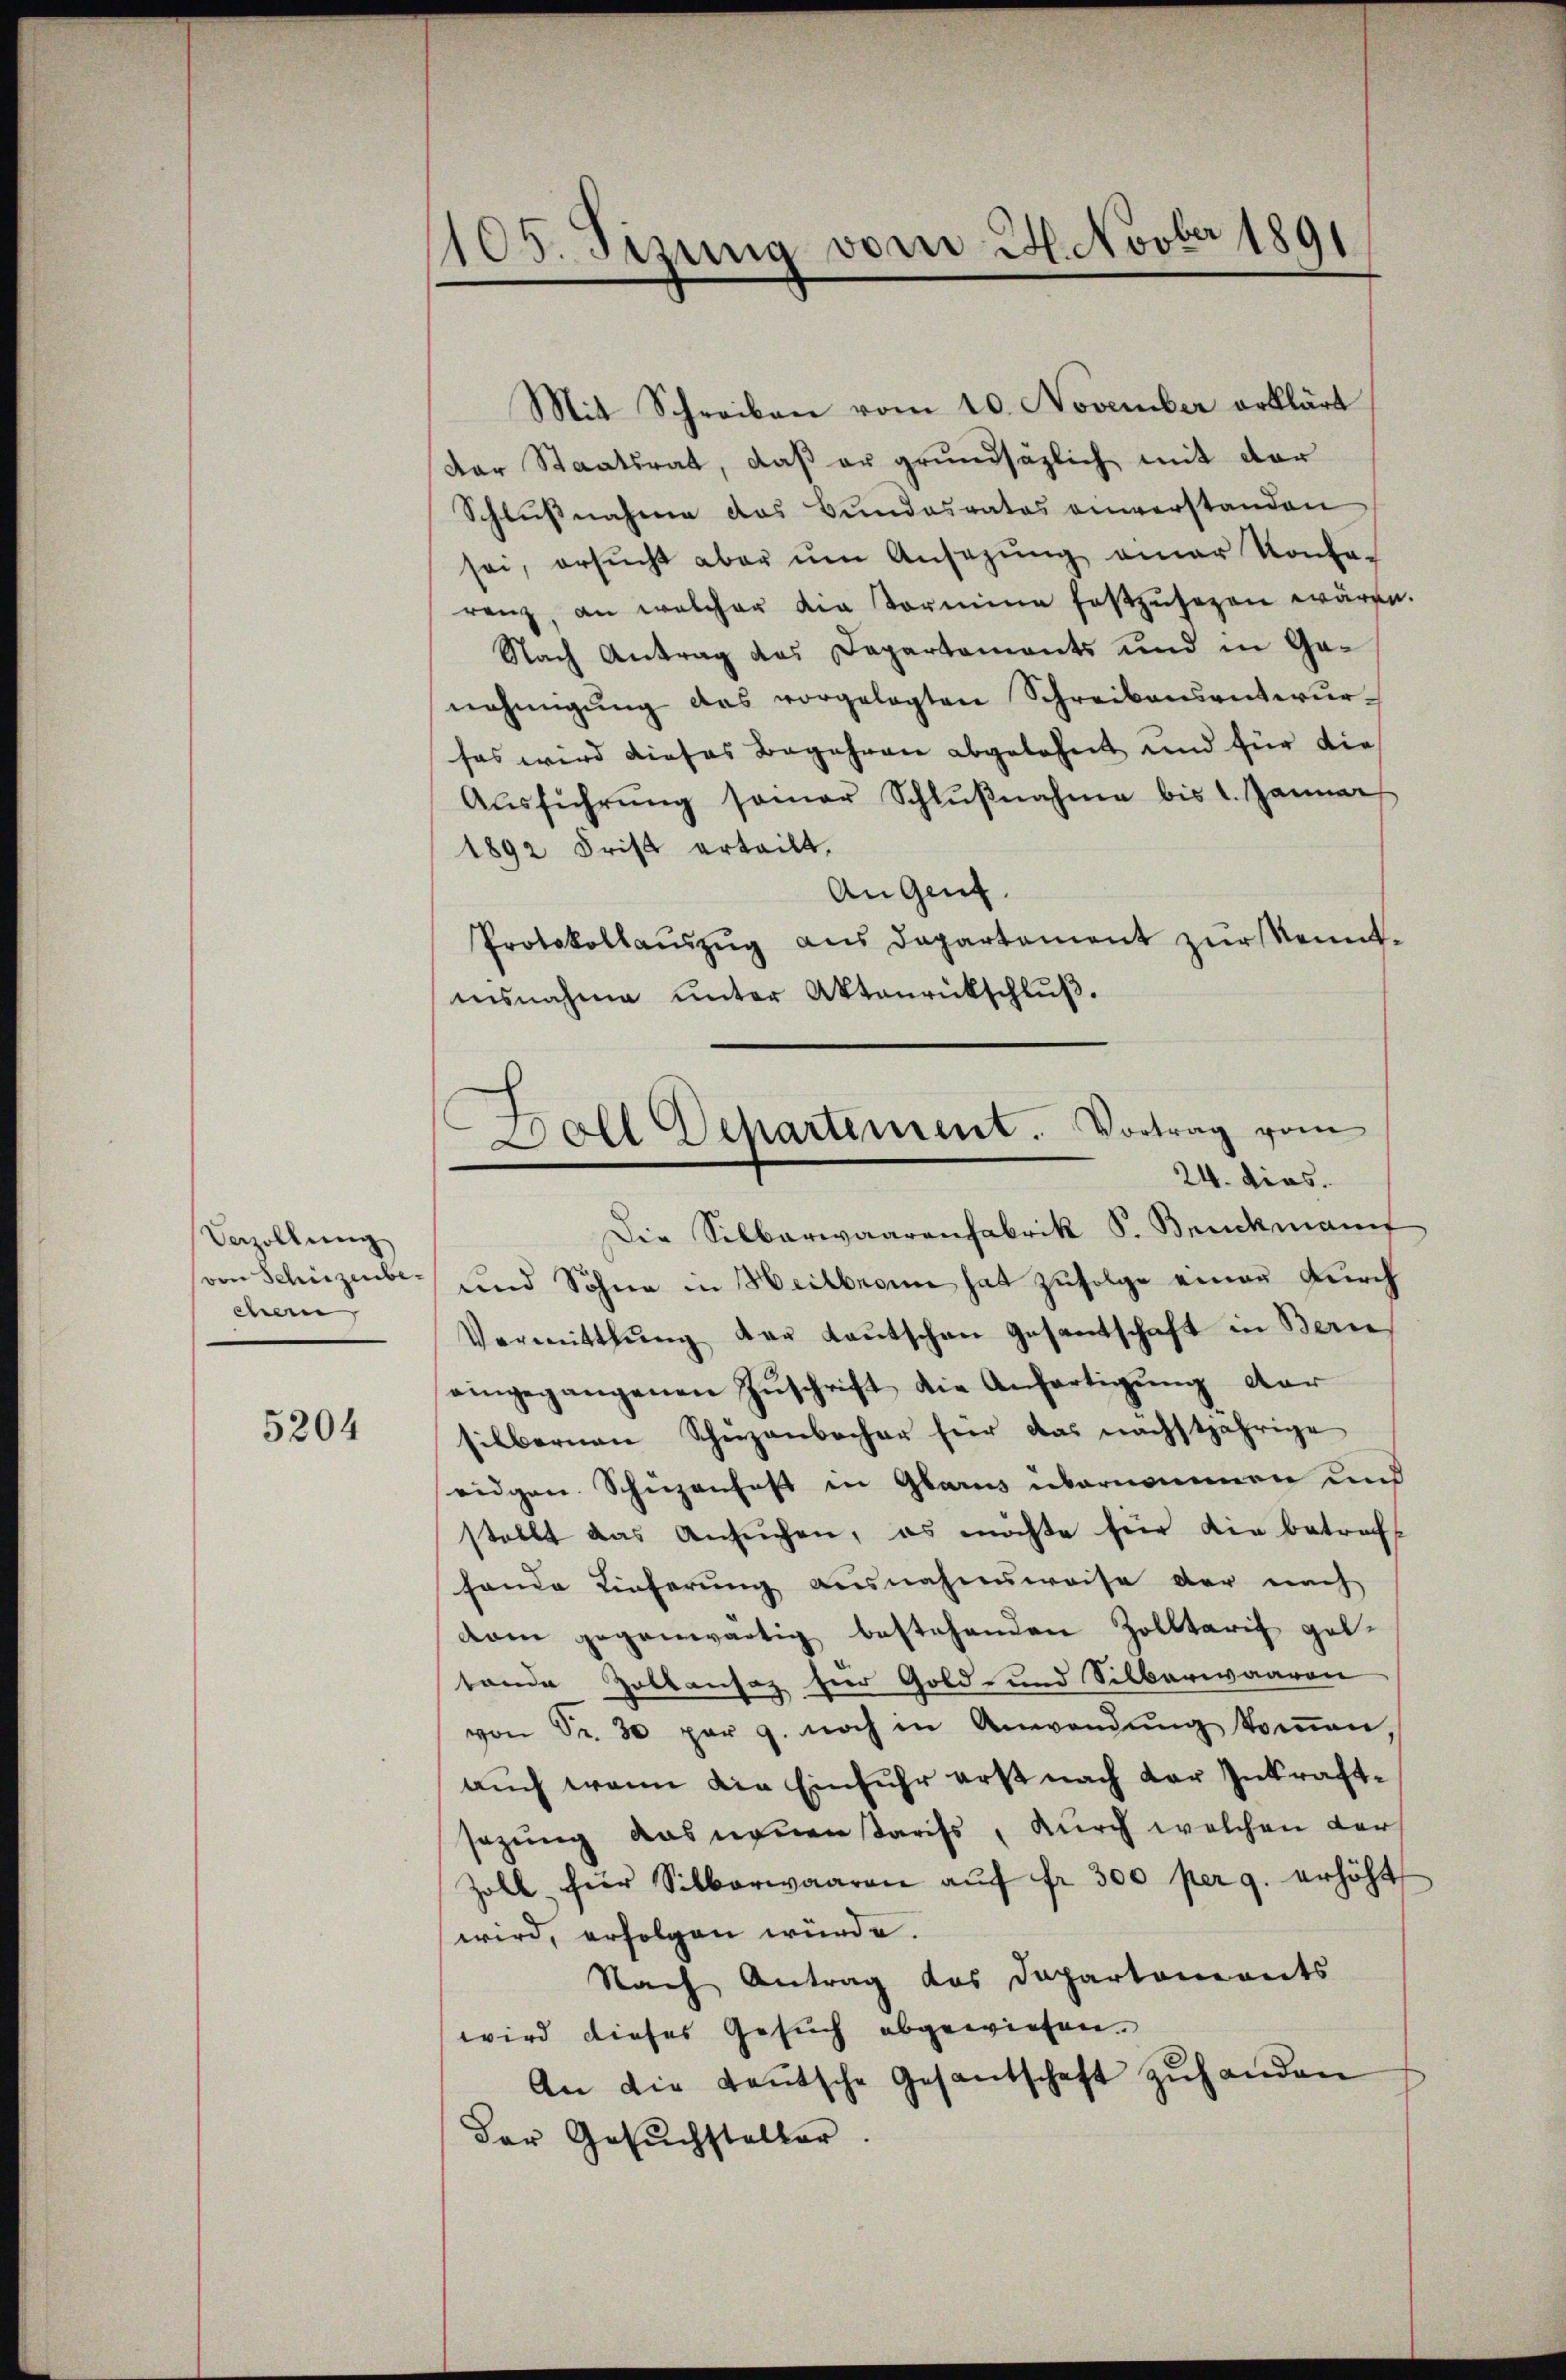
Vezollung
von Schürzenbechen,

5204

1105. Sizung vom 2. Novber 1891

Mit Schreiben vom 10. November erklärt
der Staatsrat, daß er grundsätzlich mit der
Schlussnahme das Bundesrates anverstanden
sei, ersŭcht aber ŭm Ansagŭng einer Konfe-
renz, an welcher die Vormine festzŭsehen wären.
Nach Antrag des Departements und in Ge-
nehmigung das vorgelegten Schreibensentwurfas wird dieses Begehren abgelehnt und für die
Aŭsführŭng sonar Schlŭβnahme bis 1. Januar
1892 Frist erteilt.
An Genf.
Protokollauszug aus Departement zur Kenntisnahme unter Aktenrückschlŭβ.

Doll Departement. Vortrag vom
24. dies.

Die Silberwaarenfabrik S. Bruckmann
und Sohne in Heilbronn hat zufolge einer Durch
Vermitthŭng der Laŭtschen Gesantschaft in Bern
eingegangenen Zŭschrift die Anfertigŭng der
silbernen Schuzenbacher für das nächstjährige
eidgen. Schüzenfest in Glarus übernommen und
stellt das Ansŭchen, es möchte für die betreff
hande Lieferung ausnahmsweise der nach
dam gegenwärtig bestehenden Zolltarif geltande Zolkansaz für Gold- und Silberwaaren
von Fr. 30 par c. noch in Anwendŭng koṁen,
auch wenn die Einfuhr erst nach der Inkraftsazung das neuen Tarifs, durch welchen der
Zoll für Silberwaaren aŭf fr. 300 per g. erhöht
wird, erfolgen würde.
Nach Antrag des Departements
wird dieses Gesuch abgewiesen.
An die Leŭtsche Gesantschaft zŭhanden
Der Gesŭchsteller.